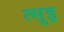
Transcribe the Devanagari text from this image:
त्सुइ